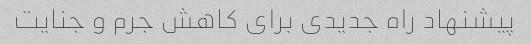
پیشنهاد راه جدیدی برای کاهش جرم و جنایت